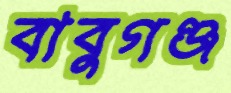
বাবুগঞ্জ